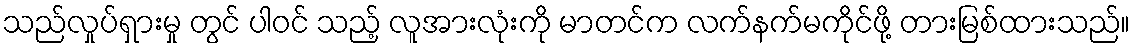
သည်လှုပ်ရှားမှု တွင် ပါဝင် သည့် လူအားလုံးကို မာတင်က လက်နက်မကိုင်ဖို့ တားမြစ်ထားသည်။